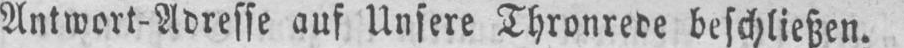
Antwort-Adresse auf Unsere Thronrede beschließen.